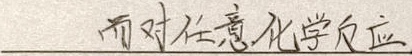
而对任意化学反应